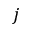
j